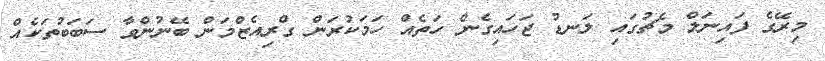
މިރޭގެ ފައިނަަލް މެޗުގައި ލަނޑު ޖަހައިގެން ހަތެއް ހަމަކުރަން ގްރިއެޒްމަން ބޭނުންވާ ސަބަބުތަކެއް